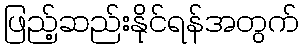
ဖြည့်ဆည်းနိုင်ရန်အတွက်